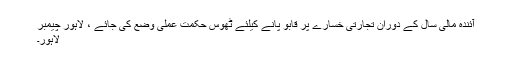
آئندہ مالی سال کے دوران تجارتی خسارے پر قابو پانے کیلئے ٹھوس حکمت عملی وضع کی جائے ، لاہور چیمبر
لاہور۔